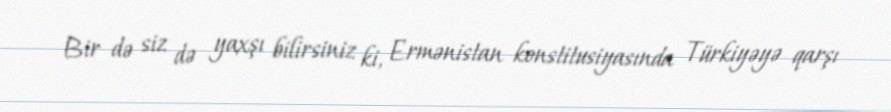
Bir də siz də yaxşı bilirsiniz ki, Ermənistan konstitusiyasında Türkiyəyə qarşı